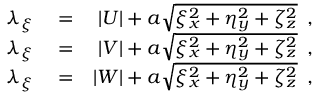
\begin{array} { r l r } { \lambda _ { \xi } } & { { } = } & { | U | + a \sqrt { \xi _ { x } ^ { 2 } + \eta _ { y } ^ { 2 } + \zeta _ { z } ^ { 2 } } \, \mathrm { ~ , ~ } } \\ { \lambda _ { \xi } } & { { } = } & { | V | + a \sqrt { \xi _ { x } ^ { 2 } + \eta _ { y } ^ { 2 } + \zeta _ { z } ^ { 2 } } \, \mathrm { ~ , ~ } } \\ { \lambda _ { \xi } } & { { } = } & { | W | + a \sqrt { \xi _ { x } ^ { 2 } + \eta _ { y } ^ { 2 } + \zeta _ { z } ^ { 2 } } \, \mathrm { ~ , ~ } } \end{array}